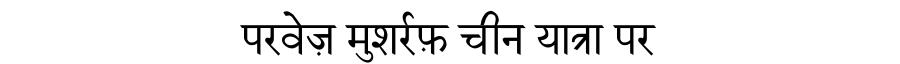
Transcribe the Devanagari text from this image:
परवेज़ मुशर्रफ़ चीन यात्रा पर